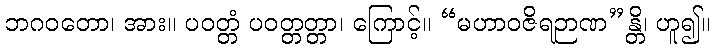
ဘဂဝတော၊ အား။ ပဝတ္တံ ပဝတ္တတ္တာ၊ ကြောင့်။ “မဟာဝဇိရဉာဏ”န္တိ၊ ဟူ၍။